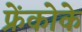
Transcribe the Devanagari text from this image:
फ्रेंकोके